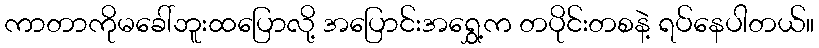
ကာတာကိုမခေါ်ဘူးထပြောလို့ အပြောင်းအရွှေ့က တပိုင်းတစနဲ့ ရပ်နေပါတယ်။